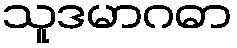
သူဒမာဂဓာ